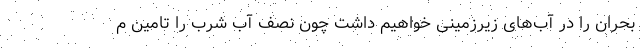
بحران را در آب‌های زیرزمینی خواهیم داشت چون نصف آب شرب را تامین م